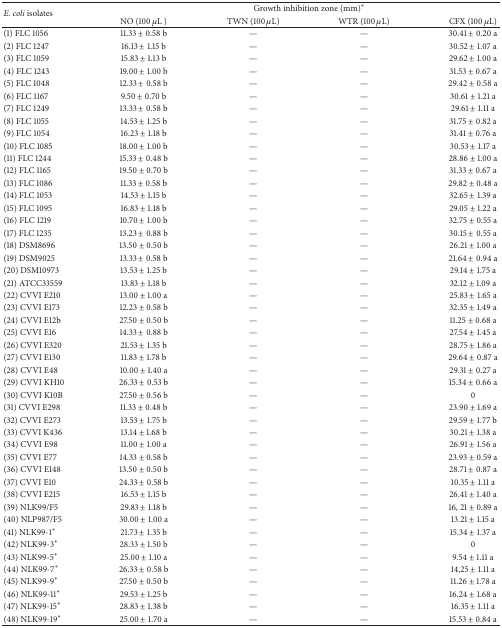
<table><thead><tr><td rowspan="2"><b><i>E. coli</i> isolates</b></td><td colspan="4"><b>Growth inhibition zone (mm)<sup>*</sup></b></td></tr><tr><td><b>NSO (100 <i>μ</i>L )</b></td><td><b>TWN (100 <i>μ</i>L)</b></td><td><b>WTR (100 <i>μ</i>L)</b></td><td><b>CFX (100 <i>μ</i>L)</b></td></tr></thead><tbody><tr><td>(1) FLC 1056</td><td>11.33 ± 0.58 b </td><td>—</td><td>—</td><td>30.41 ± 0.20 a</td></tr><tr><td>(2) FLC 1247</td><td>16.13 ± 1.15 b </td><td>—</td><td>—</td><td>30.52 ± 1.07 a</td></tr><tr><td>(3) FLC 1059</td><td>15.83 ± 1.13 b </td><td>—</td><td>—</td><td>29.62 ± 1.00 a</td></tr><tr><td>(4) FLC 1243</td><td>19.00 ± 1.00 b</td><td>—</td><td>—</td><td>31.53 ± 0.67 a</td></tr><tr><td>(5) FLC 1048</td><td>12.33 ± 0.58 b</td><td>—</td><td>—</td><td>29.42 ± 0.58 a</td></tr><tr><td>(6) FLC 1167</td><td> 9.50 ± 0.70 b</td><td>—</td><td>—</td><td>30.61 ± 1.21 a</td></tr><tr><td>(7) FLC 1249</td><td>13.33 ± 0.58 b </td><td>—</td><td>—</td><td>29.61 ± 1.11 a</td></tr><tr><td>(8) FLC 1055</td><td>14.53 ± 1.25 b </td><td>—</td><td>—</td><td>31.75 ± 0.82 a</td></tr><tr><td>(9) FLC 1054</td><td>16.23 ± 1.18 b </td><td>—</td><td>—</td><td>31.41 ± 0.76 a</td></tr><tr><td>(10) FLC 1085</td><td>18.00 ± 1.00 b</td><td>—</td><td>—</td><td>30.53 ± 1.17 a</td></tr><tr><td>(11) FLC 1244</td><td>15.33 ± 0.48 b</td><td>—</td><td>—</td><td>28.86 ± 1.00 a</td></tr><tr><td>(12) FLC 1165</td><td>19.50 ± 0.70 b</td><td>—</td><td>—</td><td>31.33 ± 0.67 a</td></tr><tr><td>(13) FLC 1086</td><td>11.33 ± 0.58 b </td><td>—</td><td>—</td><td>29.82 ± 0.48 a</td></tr><tr><td>(14) FLC 1053</td><td>14.53 ± 1.15 b </td><td>—</td><td>—</td><td>32.65 ± 1.39 a</td></tr><tr><td>(15) FLC 1095</td><td>16.83 ± 1.18 b </td><td>—</td><td>—</td><td>29.05 ± 1.22 a</td></tr><tr><td>(16) FLC 1219</td><td>10.70 ± 1.00 b</td><td>—</td><td>—</td><td>32.75 ± 0.55 a</td></tr><tr><td>(17) FLC 1235</td><td>13.23 ± 0.88 b</td><td>—</td><td>—</td><td>30.15 ± 0.55 a</td></tr><tr><td>(18) DSM8696</td><td>13.50 ± 0.50 b</td><td>—</td><td>—</td><td>26.21 ± 1.00 a</td></tr><tr><td>(19) DSM9025</td><td>13.33 ± 0.58 b </td><td>—</td><td>—</td><td>21.64 ± 0.94 a</td></tr><tr><td>(20) DSM10973</td><td>13.53 ± 1.25 b </td><td>—</td><td>—</td><td>29.14 ± 1.75 a</td></tr><tr><td>(21) ATCC33559</td><td>13.83 ± 1.18 b </td><td>—</td><td>—</td><td>32.12 ± 1.09 a</td></tr><tr><td>(22) CVVI E210</td><td>13.00 ± 1.00 a</td><td>—</td><td>—</td><td>25.83 ± 1.65 a</td></tr><tr><td>(23) CVVI E173</td><td>12.23 ± 0.58 b</td><td>—</td><td>—</td><td>32.35 ± 1.49 a</td></tr><tr><td>(24) CVVI E12b</td><td>27.50 ± 0.50 b</td><td>—</td><td>—</td><td>11.25 ± 0.68 a</td></tr><tr><td>(25) CVVI E16</td><td>14.33 ± 0.88 b </td><td>—</td><td>—</td><td>27.54 ± 1.45 a</td></tr><tr><td>(26) CVVI E320</td><td>21.53 ± 1.35 b </td><td>—</td><td>—</td><td>28.75 ± 1.86 a</td></tr><tr><td>(27) CVVI E130</td><td>11.83 ± 1.78 b </td><td>—</td><td>—</td><td>29.64 ± 0.87 a</td></tr><tr><td>(28) CVVI E48</td><td>10.00 ± 1.40 a</td><td>—</td><td>—</td><td>29.31 ± 0.27 a</td></tr><tr><td>(29) CVVI KH10</td><td>26.33 ± 0.53 b</td><td>—</td><td>—</td><td>15.34 ± 0.66 a</td></tr><tr><td>(30) CVVI K10B</td><td>27.50 ± 0.56 b</td><td>—</td><td>—</td><td>0 </td></tr><tr><td>(31) CVVI E298</td><td>11.33 ± 0.48 b </td><td>—</td><td>—</td><td>23.90 ± 1.69 a</td></tr><tr><td>(32) CVVI E273</td><td>13.53 ± 1.75 b </td><td>—</td><td>—</td><td>29.59 ± 1.77 b</td></tr><tr><td>(33) CVVI K436</td><td>13.14 ± 1.68 b </td><td>—</td><td>—</td><td>30.21 ± 1.38 a</td></tr><tr><td>(34) CVVI E98</td><td>11.00 ± 1.00 a</td><td>—</td><td>—</td><td>26.91 ± 1.56 a</td></tr><tr><td>(35) CVVI E77</td><td>14.33 ± 0.58 b</td><td>—</td><td>—</td><td>23.93 ± 0.59 a</td></tr><tr><td>(36) CVVI E148</td><td>13.50 ± 0.50 b</td><td>—</td><td>—</td><td>28.71 ± 0.87 a</td></tr><tr><td>(37) CVVI E10</td><td>24.33 ± 0.58 b </td><td>—</td><td>—</td><td>10.35 ± 1.11 a</td></tr><tr><td>(38) CVVI E215</td><td>16.53 ± 1.15 b </td><td>—</td><td>—</td><td>26.41 ± 1.40 a</td></tr><tr><td>(39) NLK99/F5</td><td>29.83 ± 1.18 b </td><td>—</td><td>—</td><td>16, 21 ± 0.89 a</td></tr><tr><td>(40) NLP987/F5</td><td>30.00 ± 1.00 a</td><td>—</td><td>—</td><td>13.21 ± 1.15 a</td></tr><tr><td>(41) NLK99-1<sup>*</sup></td><td>21.73 ± 1.35 b </td><td>—</td><td>—</td><td>15.34 ± 1.37 a</td></tr><tr><td>(42) NLK99-3<sup>*</sup></td><td>28.33 ± 1.50 b </td><td>—</td><td>—</td><td>0</td></tr><tr><td>(43) NLK99-5<sup>*</sup></td><td>25.00 ± 1.10 a</td><td>—</td><td>—</td><td> 9.54 ± 1.11 a</td></tr><tr><td>(44) NLK99-7<sup>*</sup></td><td>26.33 ± 0.58 b</td><td>—</td><td>—</td><td>14,25 ± 1.11 a</td></tr><tr><td>(45) NLK99-9<sup>*</sup></td><td>27.50 ± 0.50 b</td><td>—</td><td>—</td><td>11.26 ± 1.78 a</td></tr><tr><td>(46) NLK99-11<sup>*</sup></td><td>29.53 ± 1.25 b </td><td>—</td><td>—</td><td>16.24 ± 1.68 a</td></tr><tr><td>(47) NLK99-15<sup>*</sup></td><td>28.83 ± 1.38 b </td><td>—</td><td>—</td><td>16.35 ± 1.11 a</td></tr><tr><td>(48) NLK99-19<sup>*</sup></td><td>25.00 ± 1.70 a</td><td>—</td><td>—</td><td>15.53 ± 0.84 a</td></tr></tbody></table>